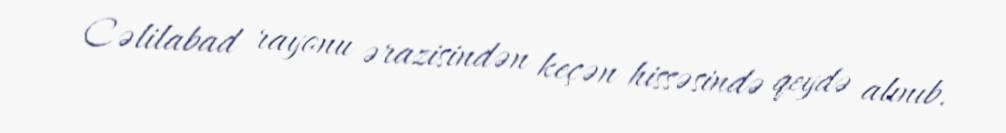
Cəlilabad rayonu ərazisindən keçən hissəsində qeydə alınıb.